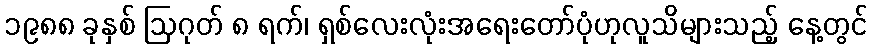
၁၉၈၈ ခုနှစ် ဩဂုတ် ၈ ရက်၊ ရှစ်လေးလုံးအရေးတော်ပုံဟုလူသိများသည့် နေ့တွင်